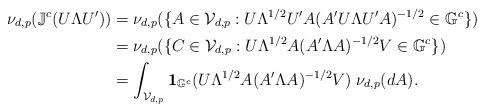
LaTeX: \begin{align*}\nu_{d,p}(\mathbb J^c(U\Lambda U'))&=\nu_{d,p}(\{A\in\mathcal V_{d,p}: U\Lambda^{1/2} U'A (A'U\Lambda U'A)^{-1/2} \in \mathbb G^c\})\\&=\nu_{d,p}(\{C\in\mathcal V_{d,p}: U\Lambda^{1/2} A (A'\Lambda A)^{-1/2} V \in \mathbb G^c\})\\&=\int_{\mathcal V_{d,p}} \mathbf{1}_{\mathbb G^c}(U\Lambda^{1/2} A (A'\Lambda A)^{-1/2} V)\;\nu_{d,p}(dA).\end{align*}